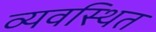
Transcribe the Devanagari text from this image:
व्‍यवस्‍िथत